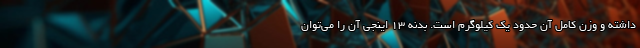
داشته و وزن کامل آن حدود یک کیلوگرم است. بدنه 13 اینجی آن را می‌توان